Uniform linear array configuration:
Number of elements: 32
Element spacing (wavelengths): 0.25
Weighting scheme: hamming
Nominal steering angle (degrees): -30
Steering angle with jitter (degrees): -31.538
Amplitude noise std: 0.05
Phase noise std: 0.05

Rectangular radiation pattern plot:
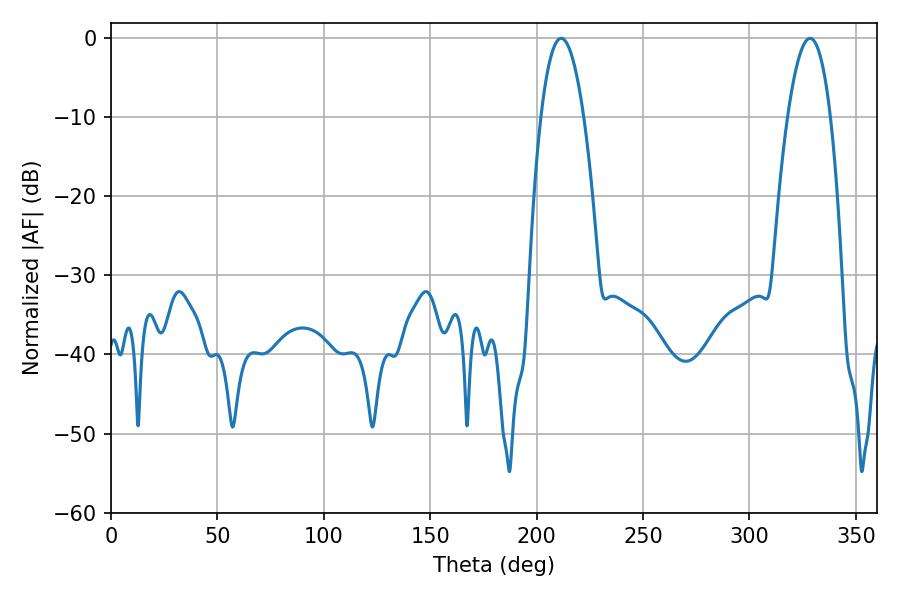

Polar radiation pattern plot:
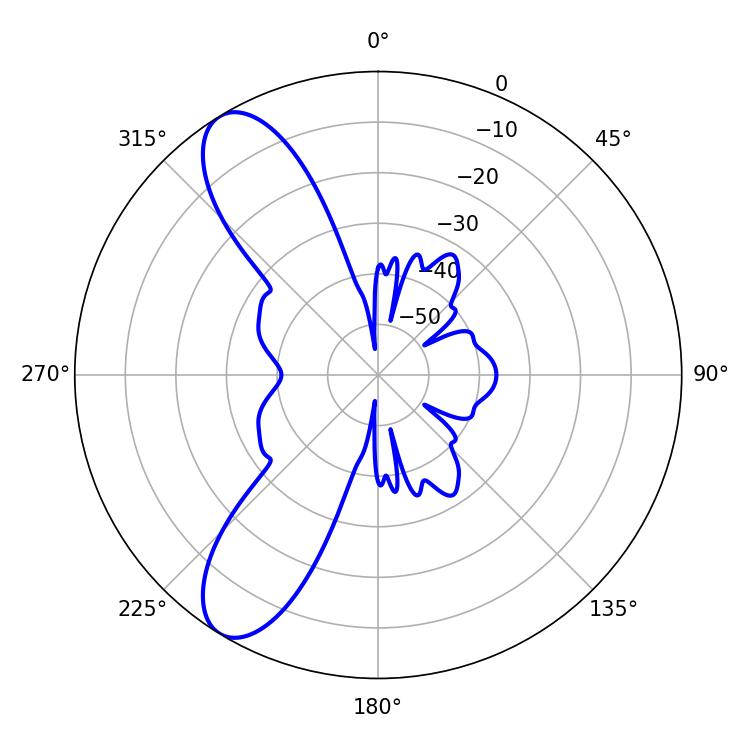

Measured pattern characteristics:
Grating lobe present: FALSE
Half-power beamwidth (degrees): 11.16
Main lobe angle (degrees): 211.5